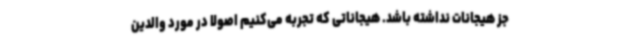
جز هیجانات نداشته باشد. هیجاناتی که تجربه می‌کنیم اصولا در مورد والدین